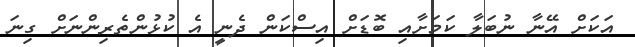
އަކަށް އޭނާ ނުބަލާ ކަމަށާއި ބޮޑަށް އިސްކަން ދެނީ އެ ކުޅުންތެރިންނަށް ގިނަ